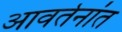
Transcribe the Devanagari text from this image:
आवर्तनांत